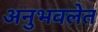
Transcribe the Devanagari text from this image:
अनुभवलेत